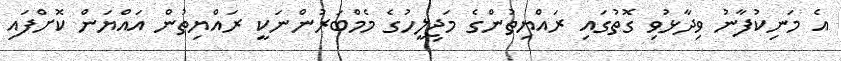
އެ މަނިކުފާނު ވިދާޅުވި ގޮތުގައި ރައްޔިތުންގެ މަޖިލީހުގެ މެމްބަރުންނަކީ ރައްޔިތުން އައްޔަން ކޮށްފައި